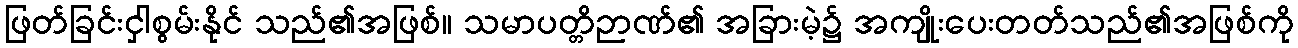
ဖြတ်ခြင်းငှါစွမ်းနိုင် သည်၏အဖြစ်။ သမာပတ္တိဉာဏ်၏ အခြားမဲ့၌ အကျိုးပေးတတ်သည်၏အဖြစ်ကို